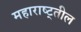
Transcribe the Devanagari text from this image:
महाराष्ट्तील